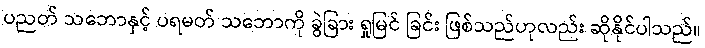
ပညတ် သဘောနှင့် ပရမတ် သဘောကို ခွဲခြား ရှုမြင် ခြင်း ဖြစ်သည်ဟုလည်း ဆိုနိုင်ပါသည်။